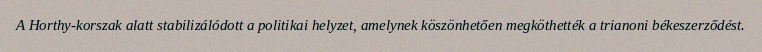
A Horthy-korszak alatt stabilizálódott a politikai helyzet, amelynek köszönhetően megköthették a trianoni békeszerződést.